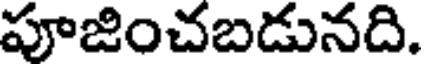
పూజించబడునది.